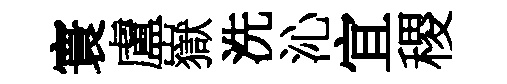
寰盧嶽洗沁宜稷